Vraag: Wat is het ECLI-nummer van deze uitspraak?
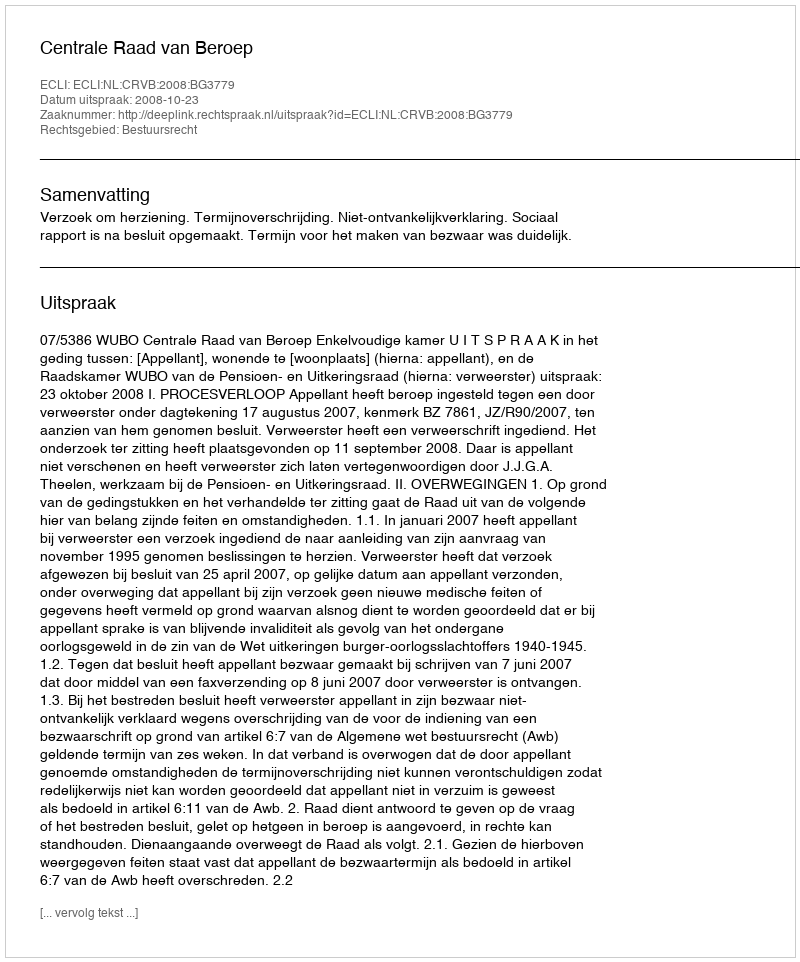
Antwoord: ECLI:NL:CRVB:2008:BG3779